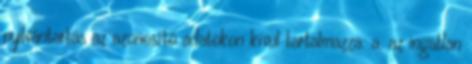
nyilvántartás az azonosító adatokon kívül tartalmazza: a. az ingatlan